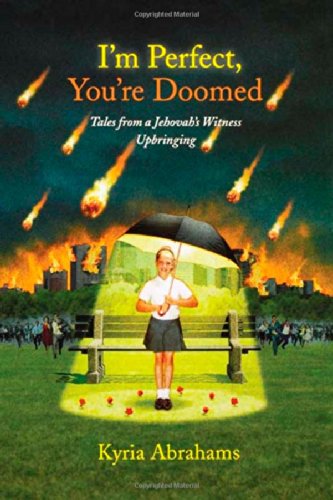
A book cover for I'm Perfect, You're Doomed: Tales from a Jehovah's Witness Upbringing; Kyria Abrahams; Christian Books & Bibles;